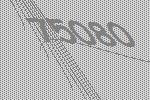
75080